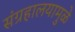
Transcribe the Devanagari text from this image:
संग्रहालयामुळे